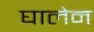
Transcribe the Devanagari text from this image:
घालेन